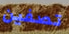
تصفين